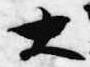
大